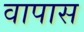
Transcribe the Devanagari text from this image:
वापास